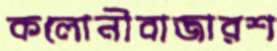
কলোনীবাজারশ